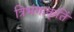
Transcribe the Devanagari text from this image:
त्रिभंगाकृतिं